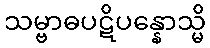
သမ္ဗာဓပဋိပန္နောသ္မိ